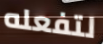
لتفعله